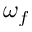
\omega _ { f }